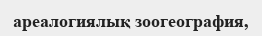
ареалогиялық зоогеография,